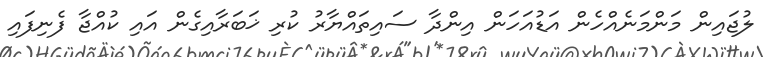
ލުޖައިން މަންމަނެއްހެން އަޑުއަހަން އިންދާ ސައިތައްޔާރު ކުރި ޚަބަރާއިގެން އައި ކުއްޖާ ފެނިފައި